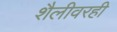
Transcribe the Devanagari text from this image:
शैलीवरही